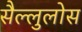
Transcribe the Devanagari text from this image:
सैल्लुलोस